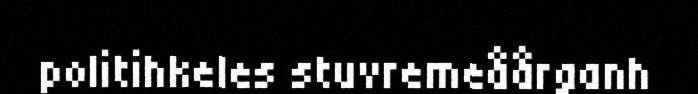
politihkeles stuvremeåårganh